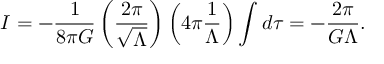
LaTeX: I = - \frac { 1 } { 8 \pi G } \left( \frac { 2 \pi } { \sqrt { \Lambda } } \right) \left( 4 \pi \frac { 1 } { \Lambda } \right) \int d \tau = - \frac { 2 \pi } { G \Lambda } .